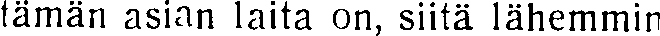
tämän asian laita on, siitä lähemmin